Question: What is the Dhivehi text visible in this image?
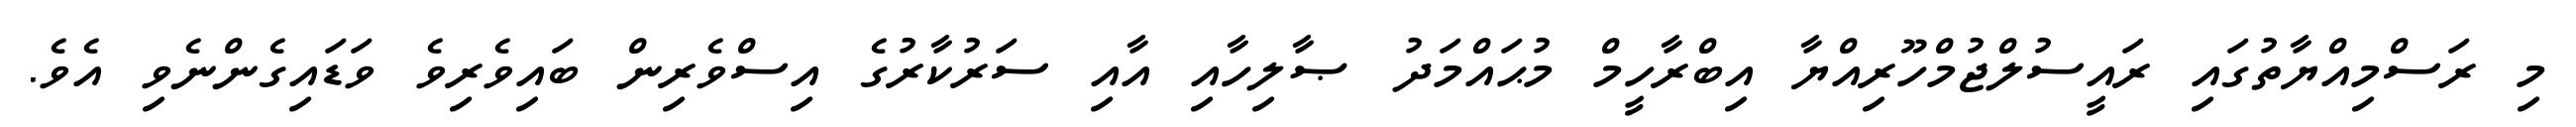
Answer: މި ރަސްމިއްޔާތުގައި ރައީސުލްޖުމްހޫރިއްޔާ އިބްރާހީމް މުޙައްމަދު ޞާލިހާއި އާއި ސަރުކާރުގެ އިސްވެރިން ބައިވެރިވެ ވަޑައިގެންނެވި އެވެ.